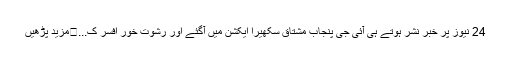
24 نیوز پر خبر نشر ہوتے ہی آئی جی پنجاب مشتاق سکھیرا ایکشن میں آگئے اور رشوت خور افسر ک...	مزید پڑھيں